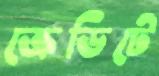
ক্রেডিটে